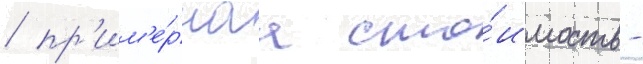
/ пр'им'е́рнаа сто́имость -